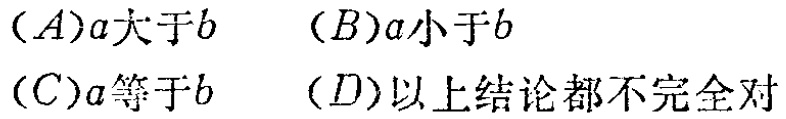
(A)$a大于b$  (B)$a小于b$

(C)$a等于b$  (D)$以上结论都不完全对$